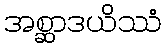
အစ္ဆာဒယိဿံ